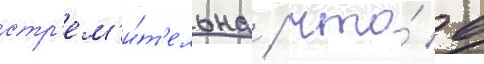
стр'ем'и́т'ельна / что́ в